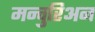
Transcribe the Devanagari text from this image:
मन्चुरिअन